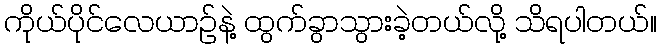
ကိုယ်ပိုင်လေယာဉ်နဲ့ ထွက်ခွာသွားခဲ့တယ်လို့ သိရပါတယ်။